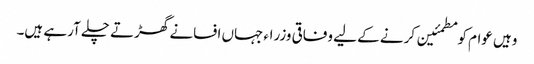
وہیں عوام کو مطمئین کرنے کے لیے وفاقی وزراء جہاں افسانے گھڑتے چلے آرہے ہیں۔